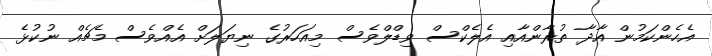
އެހެންކަމުން އާދާ ތުރާންއާއި އެލެކްސް ވިޑްލްވެސް މިއަހަރުގެ ނިޔަލަށް އެއްވެސް މެޗެއް ނުކުޅެ